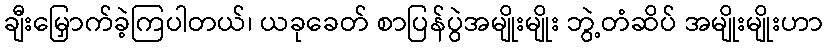
ချီးမြှောက်ခဲ့ကြပါတယ်၊ ယခုခေတ် စာပြန်ပွဲအမျိုးမျိုး ဘွဲ့တံဆိပ် အမျိုးမျိုးဟာ